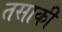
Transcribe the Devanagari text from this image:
तसाकी